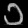
Digit: ၁